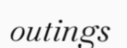
outings